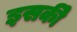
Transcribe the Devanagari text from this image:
इसकीे